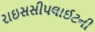
રાઇસસીપલાઈટની